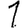
Digit: 1